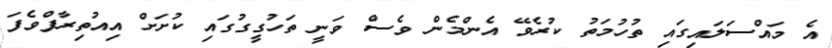
އެ މައްސަލައިގައި ތުހުމަތު ކުރެވޭ އެންމެން ވެސް ވަނީ ތަހުގީގުގައި ކުށަށް އިއުތިރާފްވެފަ